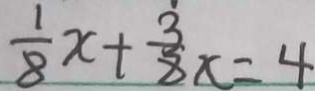
\frac { 1 } { 8 } x + \frac { 3 } { 8 } x = 4